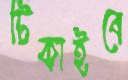
টিকাইবে